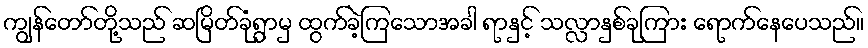
ကျွန်တော်တို့သည် ဆမြိတ်ခုံရွာမှ ထွက်ခဲ့ကြသောအခါ ရာနှင့် သလ္လာနှစ်ခုကြား ရောက်နေပေသည်။